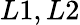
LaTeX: L1,L2